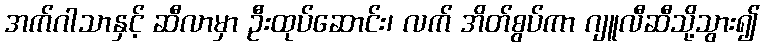
အက်ဂါသာနှင့် ဆီလာမှာ ဦးထုပ်ဆောင်း၊ လက် အိတ်စွပ်ကာ ဂျူလီဆီသို့သွား၍